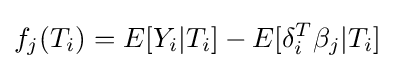
f_{j}(T_{i})=E[Y_{i}|T_{i}]-E[\delta _{i}^{T}\beta _{j}|T_{i}]